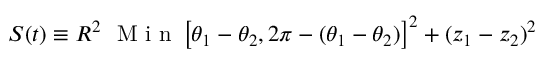
S ( t ) \equiv R ^ { 2 } ~ \mathrm { ~ M ~ i ~ n ~ } \left[ \theta _ { 1 } - \theta _ { 2 } , 2 \pi - ( \theta _ { 1 } - \theta _ { 2 } ) \right] ^ { 2 } + ( z _ { 1 } - z _ { 2 } ) ^ { 2 }